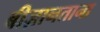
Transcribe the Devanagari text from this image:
बीज़ानताना